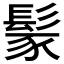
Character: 𩭐